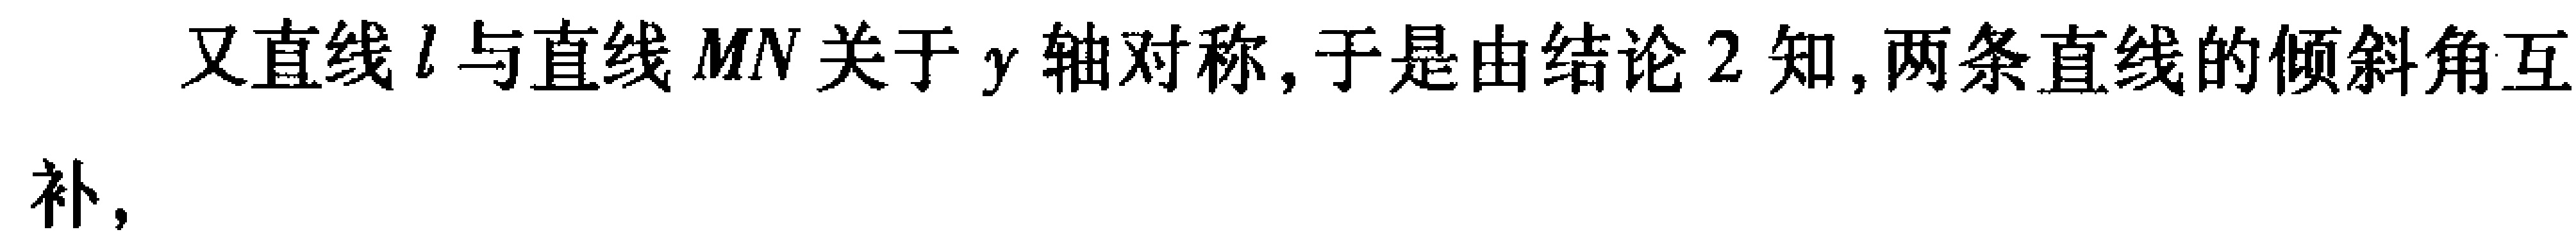
又直线\(l\)与直线\(MN\)关于\(y\)轴对称, 于是由结论 \(2\) 知, 两条直线的倾斜角互补,